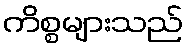
ကိစ္စများသည်